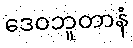
ဒေဝဘူတာနံ